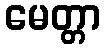
မေတ္တာ